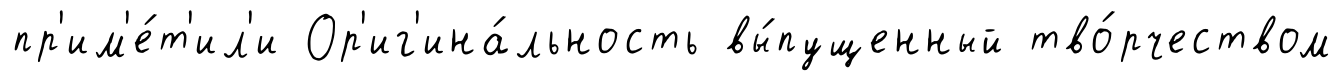
пр'им'е́т'ил'и Ор'иг'ина́льность вы́пущенный тво́рчеством